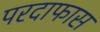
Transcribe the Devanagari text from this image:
परदाफास